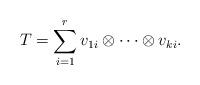
LaTeX: \begin{align*} T = \sum_{i = 1}^r v_{1i} \otimes \dotsb \otimes v_{ki}.\end{align*}